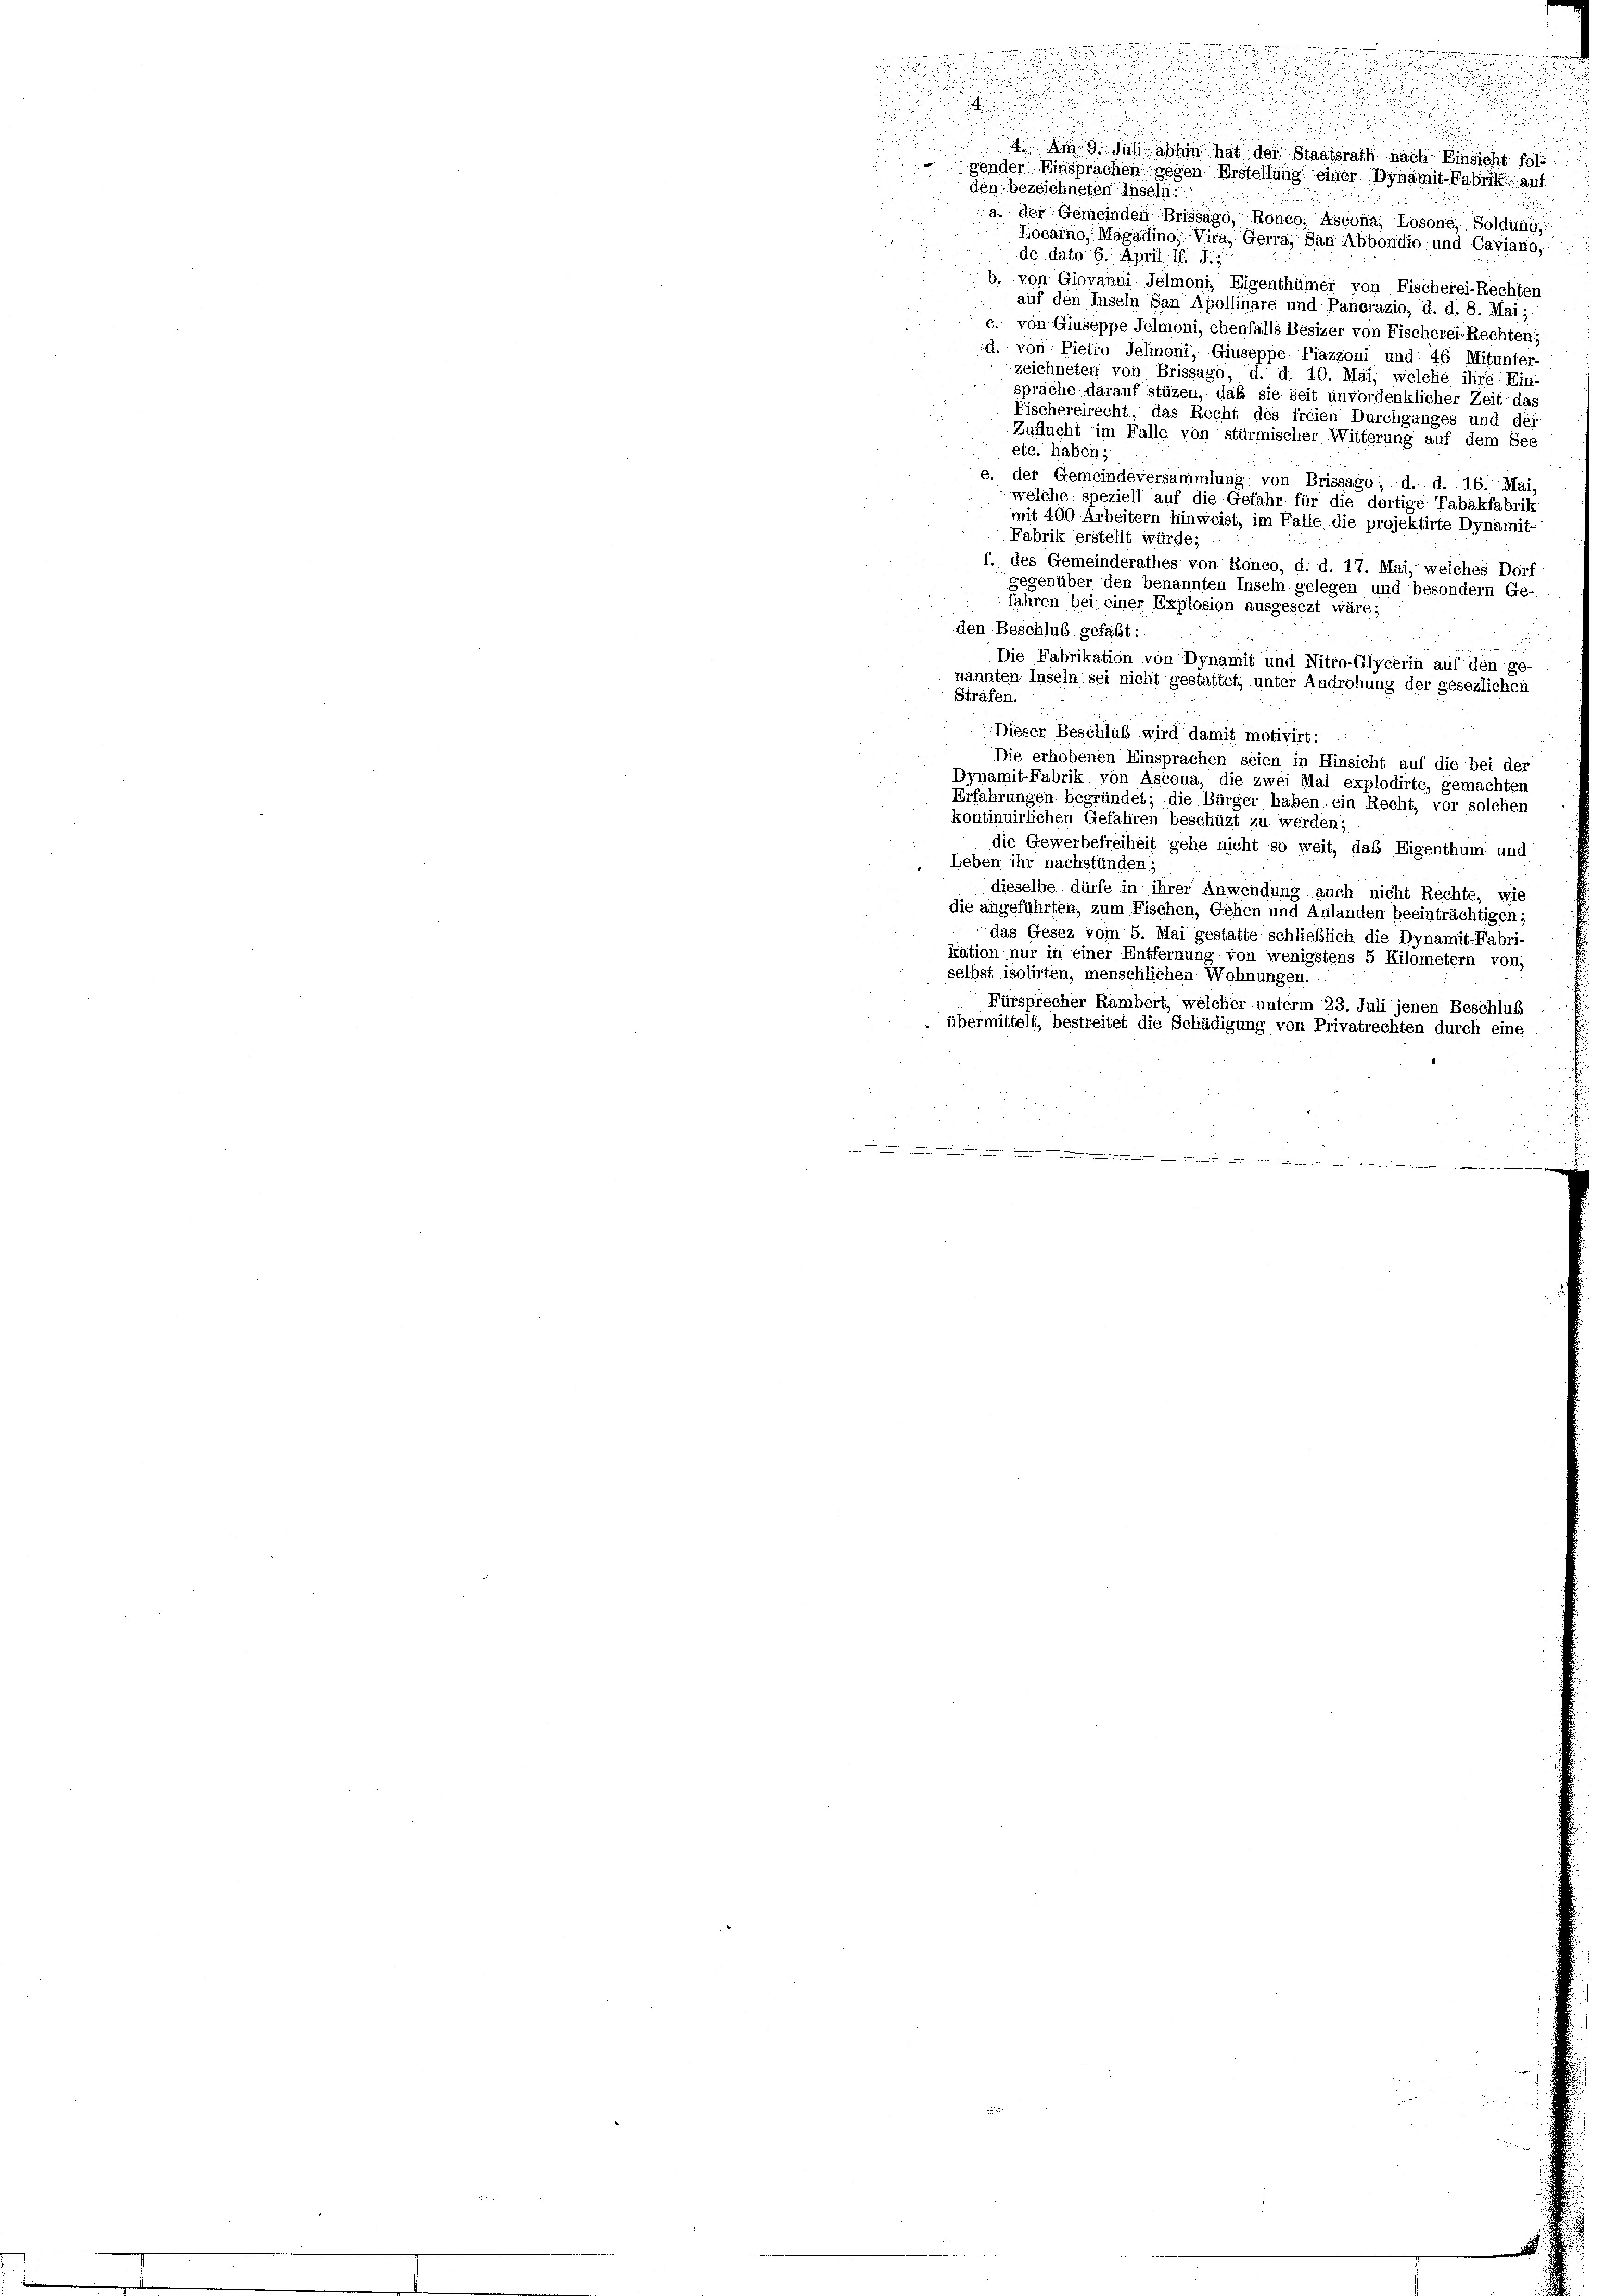
u
n
2. Am 9. Juli abhin hat der Staatsrath nach Einsicht fol
rgender Einsprachen gegen Erstellung einer Dynamit-Fabrik auf
den bezeichneten Inseln.
a. der Gemeinden Brissago, Ronco, Ascona; Losone, Soldung:
Locarno, Magadino, Vira, Gerra, San Abbondio und Caviano,
de dato 6. April: If. J. 1
b. von Giovanni Jelmoni, Eigenthümer von Fischerei-Rechten
auf den Inseln San Apollinare und Panorazio, d. d. 8. Mai,
c. von Giuseppe Jelmoni, ebenfalls Besizer von Fischerei-Rechten:
d. von Pietro Jelmoni, Giuseppe Piazzoni und 46 Mitunter-
zeichneten von Brissago, d. d. 10. Mai, welche ihre Ein-
sprache darauf stüzen, daß sie seit unvordenklicher Zeit das
Fischereirecht, das Recht des freien Durchganges und der
Zuflucht im Falle von stürmischer Witterung auf dem See
etc. haben;
e. der Gemeindeversammlung von Brissago; d. d. 16. Mai,
welche speziell auf die Gefahr für die dortige Tabakfabrili
mit 400 Arbeitern hinweist, im Falle die projektirte Dynamit-
Fabrik erstellt würde;
f. des Gemeinderathes von Ronco, d. d. 17. Mai, welches Dorf
gegenüber den benannten Inseln gelegen und besondern Ge-
fahren bei einer Explosion ausgesezt wäre;
den Beschluß gefaßt:
waren
Die Fabrikation von Dynamit und Nitro-Glycerin auf den ge-
nannten Inseln sei nicht gestattet, unter Androhung der gesezlichen
Strafen.
Dieser Beschluß wird damit motivirt:
Die erhobenen Einsprachen seien in Hinsicht auf die bei der
Dynamit-Fabrik von Ascona, die zwei Mal explodirte, gemachten
Erfahrungen begründet; die Bürger haben. ein Recht, vor solchen
kontinuirlichen Gefahren beschüzt zu werden;
die Gewerbefreiheit gehe nicht so weit, das Eigenthum und
 Leben ihr nachstünden;
dieselbe dürfe in ihrer Anwendung auch nicht Rechte, wie
die angeführten, zum Fischen, Gehen und Anländen beeinträchtigen;
das Gesez vom 5. Mai gestätte schließlich die Dynamit-Fabri-
kation nur in einer Entfernung von wenigstens 5 Kilometern von,
selbst isolirten, menschlichen Wohnungen.
Fürsprecher Rambert, welcher unterm 23. Juli jenen Beschluß
 übermittelt, bestreitet die Schädigung von Privatrechten durch eine
.
a